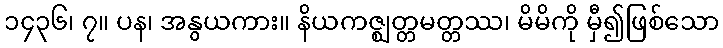
၁၄၃၆၊ ၇။ ပန၊ အနွယကား။ နိယကဇ္ဈတ္တမတ္တဿ၊ မိမိကို မှီ၍ဖြစ်သော